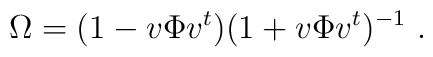
\Omega=(1-v\Phi v^t)(1+v\Phi v^t)^{-1}\ .